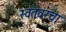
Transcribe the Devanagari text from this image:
स्वतःवरचा